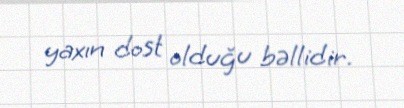
yaxın dost olduğu bəllidir.